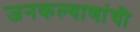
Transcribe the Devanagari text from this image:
जनकल्याणांची